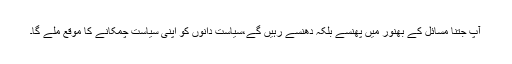
آپ جتنا مسائل کے بھنور میں پھنسے بلکہ دھنسے رہیں گے،سیاست دانوں کو اپنی سیاست چمکانے کا موقع ملے گا۔